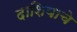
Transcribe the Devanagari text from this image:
दाशियाचे